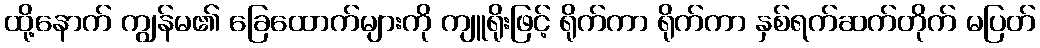
ထို့နောက် ကျွန်မ၏ ခြေထောက်များကို ကျူရိုးဖြင့် ရိုက်ကာ ရိုက်ကာ နှစ်ရက်ဆက်တိုက် မပြတ်